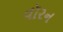
વૉરન